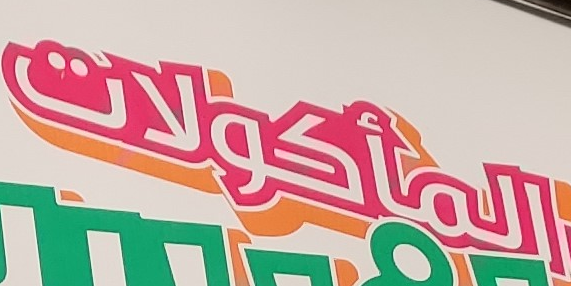
المأكولات